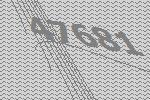
47681